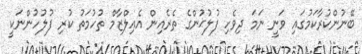
ބޭނުންކުރާކަމުގައި ވަނީ ނަމަ ދިވެހި ފުލުޙުންގެ ތެރެއިން އެއިލްޒާމް ތުހުމަތު ކުރި ފުލުހުންނަކީ